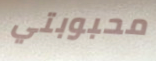
محبوبتي